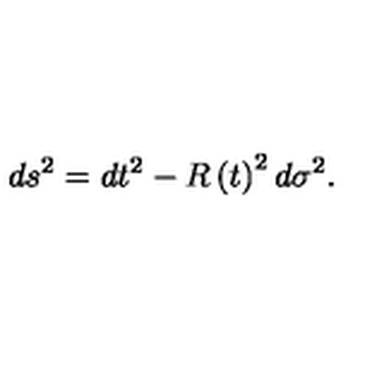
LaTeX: d s ^ { 2 } = d t ^ { 2 } - R \left( t \right) ^ { 2 } d \sigma ^ { 2 } .